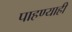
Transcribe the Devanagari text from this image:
पाहण्याही